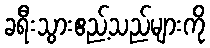
ခရီးသွားဧည့်သည်များကို